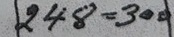
248 = 300